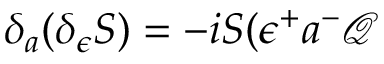
\delta _ { a } ( \delta _ { \epsilon } S ) = - i S ( \epsilon ^ { + } a ^ { - } \mathcal { Q }